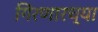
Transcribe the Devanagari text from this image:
गिरणारच्या